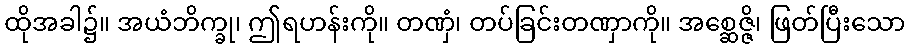
ထိုအခါ၌။ အယံဘိက္ခု၊ ဤရဟန်းကို။ တဏှံ၊ တပ်ခြင်းတဏှာကို။ အစ္ဆေဇ္ဇိ၊ ဖြတ်ပြီးသော